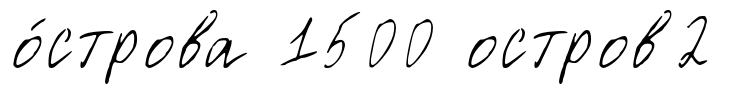
о́строва 1500 остров2